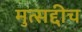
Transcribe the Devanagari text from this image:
मुत्सद्दीच